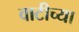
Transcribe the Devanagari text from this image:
वाटीच्या